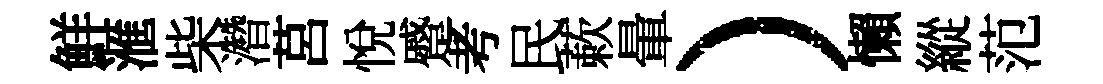
鮮滙柴濳莒悦蹙考民蔌暈）懶縱范